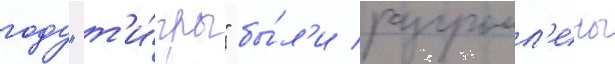
году "т'и́гры" бы́л'и разгромл'ены